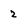
Character: 2